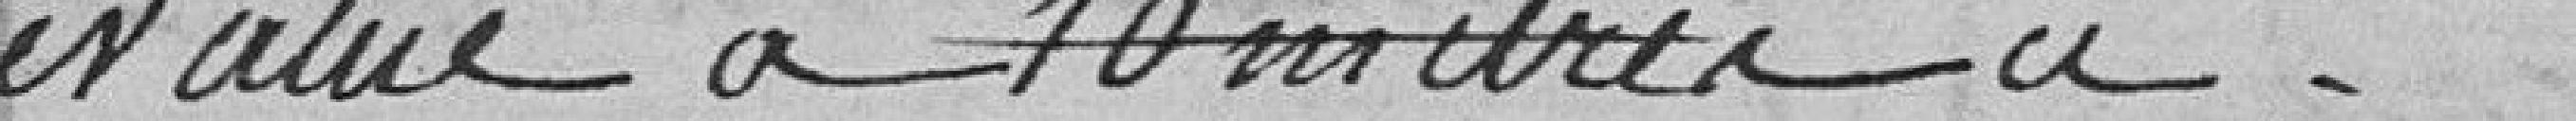
évaluée à 10 mètres à ...........